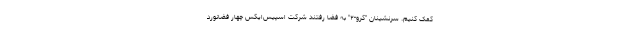
کمک کنیم. سرنشینان "کرو-۲" به فضا رفتند شرکت اسپیس‌ایکس چهار فضانورد